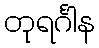
တုရင်္ဂါန